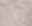
برت